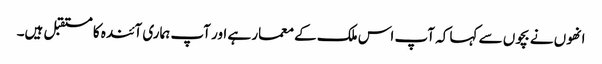
انھوں نے بچوں سے کہا کہ آپ اس ملک کے معمار ہے اور آپ ہماری آئندہ کا مستقبل ہیں۔